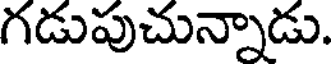
గడుపుచున్నాడు.